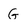
Character: G